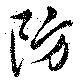
防